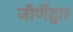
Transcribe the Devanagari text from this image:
जीर्णेद्वार